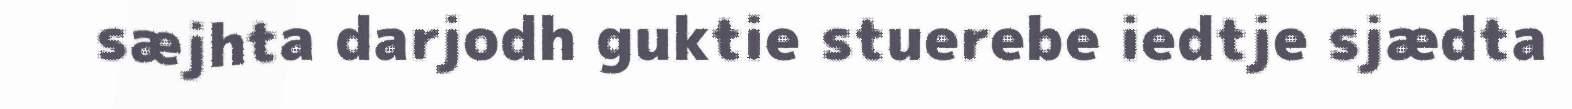
sæjhta darjodh guktie stuerebe iedtje sjædta